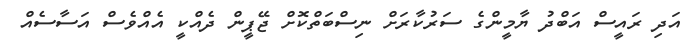
އަދި ރައީސް އަބްދު ޔާމީންގެ ސަރުކާރަށް ނިސްބަތްކޮށް ޖޭޕީން ދެއްކީ އެއްވެސް އަސާސެއް